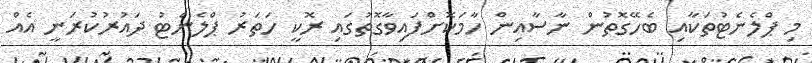
މި ޕްލެނެޓުތަކާއި ބެހޭގޮތުން ނާސާއިން ހާމަކޮށްފައިވާގޮތުގައި ރޮކީ ހަތަރު ޕްލެނެޓު ދައުރުކުރަނީ އެއް